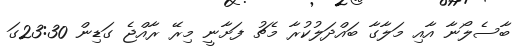
ބާސެލޯނާ އާއި މަލާގާ ބައްދަލުކުރާ މެޗު ފަށާނީ މިރޭ ރާއްޖެ ގަޑިން 23:30ގަ